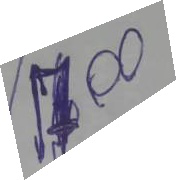
17.00